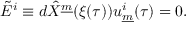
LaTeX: \tilde { E } ^ { i } \equiv d \hat { X } ^ { \underline { { { m } } } } ( \xi ( \tau ) ) u _ { \underline { { { m } } } } ^ { i } ( \tau ) = 0 . \qquad